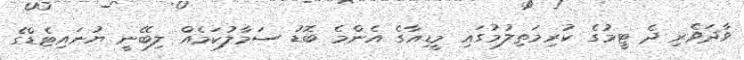
ވާދަވެރި ދެ ޓީމުގެ ކުރިމަތިލުމުގައި މީޑިއާގެ އެންމެ ބޮޑު ސަމާލުކަމެއް ލިބޭނީ ޔުނައިޓެޑްގެ